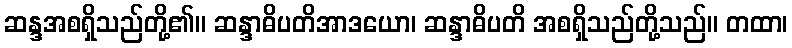
ဆန္ဒအစရှိသည်တို့၏။ ဆန္ဒာဓိပတိအာဒယော၊ ဆန္ဒာဓိပတိ အစရှိသည်တို့သည်။ တထာ၊